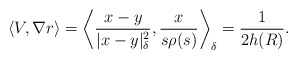
\begin{align*} \langle V, \nabla r \rangle =\left \langle \frac{x-y}{|x-y|^2_\delta}, \frac{x}{s \rho(s)}\right\rangle_\delta = \frac{1}{2 h(R)}. \end{align*}